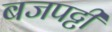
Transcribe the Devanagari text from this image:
बजपट्टी